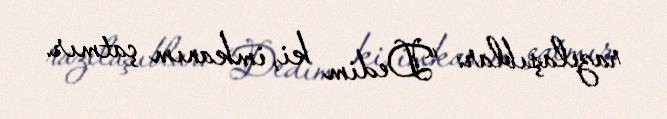
razılaşıblar: “Dedim ki, imkanım çatmır.